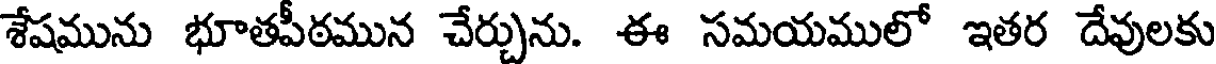
శేషమును భూతపీఠమున చేర్చును. ఈ సమయములో ఇతర దేవులకు